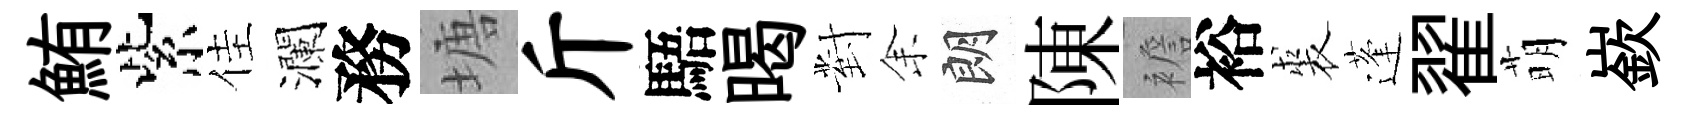
鮪紫佳瀾務塘斤䮏暍對𪜬朗陳襜裕裘蓬翟萌嶔